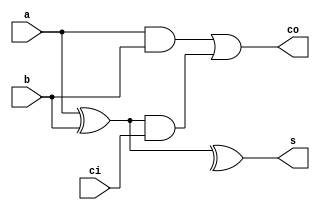
module fullAdder(s,co,a,b,ci);
output s,co;
input a,b,ci;
wire m,x,y;
xor(s,a,b,c);
xor(m,a,b);
and(x,a,b);
and(y,m,ci);
or(co,x,y);
endmodule